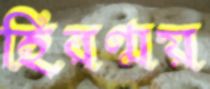
হিরণ্ময়